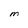
Character: M